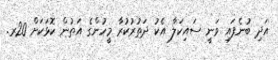
އަދި ބުނެފައި ވަނީ ސައިކަލާ އެކު ދަތުރުކުރާ މީހުންގެ އަތުން ކޮޅަކަށް 20ރ.